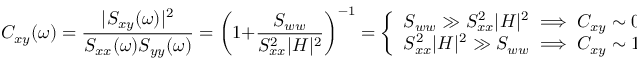
C _ { x y } ( \omega ) = \frac { | S _ { x y } ( \omega ) | ^ { 2 } } { S _ { x x } ( \omega ) S _ { y y } ( \omega ) } = \biggl ( 1 + \frac { S _ { w w } } { S _ { x x } ^ { 2 } | H | ^ { 2 } } \biggr ) ^ { - 1 } = \left\{ \begin{array} { l l } { S _ { w w } \gg S _ { x x } ^ { 2 } | H | ^ { 2 } \implies C _ { x y } \sim 0 } \\ { S _ { x x } ^ { 2 } | H | ^ { 2 } \gg S _ { w w } \implies C _ { x y } \sim 1 } \end{array} \right. \, .